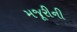
મજૂરીની